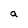
Character: a